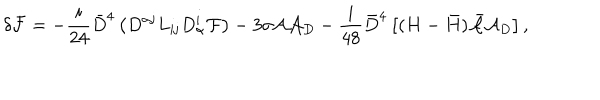
\delta { \cal F } = - \frac { i } { 2 4 } { \bar { D } } ^ { 4 } \left( D ^ { \alpha { \mathbf j } } L _ { { \mathbf i } { \mathbf j } } D _ { \alpha } ^ { \mathbf i } { \cal F } \right) - 3 \sigma { \cal A } { \cal A } _ { D } - \frac { i } { 4 8 } { \bar { D } } ^ { 4 } \left[ ( H - { \bar { H } } ) { \bar { \cal A } } { \cal A } _ { D } \right] ,